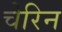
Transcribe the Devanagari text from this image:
चेरिन